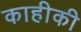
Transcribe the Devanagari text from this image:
काहीकी